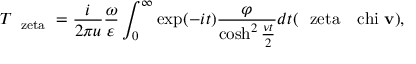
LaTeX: T _ { \mathrm { \boldmath ~ \ z e t a ~ } } = \frac { i } { 2 \pi u } \frac { \omega } { \varepsilon } \int _ { 0 } ^ { \infty } \exp ( - i t ) \frac { \varphi } { \cosh ^ { 2 } \frac { \nu t } { 2 } } d t ( \mathrm { \boldmath ~ \ z e t a ~ } \mathrm { \boldmath ~ \ c h i ~ } { \bf v } ) ,